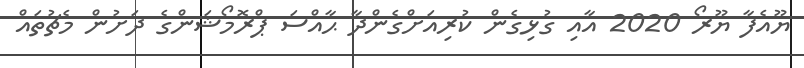
ޔޫއެފާ ޔޫރޯ 2020 އާއި ގުޅިގެން ކުރިއަށްގެންދާ ޙާއްސަ ޕްރޮމޯޝަންގެ ދަށުން މެޗުތައް